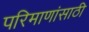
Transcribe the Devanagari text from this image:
परिमाणांसाठी